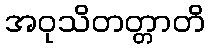
အဝုသိတတ္တာတိ